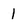
Character: 1